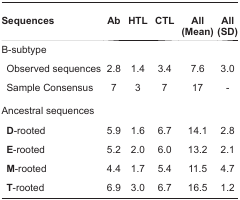
<table><thead><tr><td><b>Sequences</b></td><td><b>Ab</b></td><td><b>HTL</b></td><td><b>CTL</b></td><td><b>All (Mean)</b></td><td><b>All (SD)</b></td></tr></thead><tbody><tr><td colspan="6">B-subtype</td></tr><tr><td> Observed sequences</td><td>2.8</td><td>1.4</td><td>3.4</td><td>7.6</td><td>3.0</td></tr><tr><td> Sample Consensus</td><td>7</td><td>3</td><td>7</td><td>17</td><td>-</td></tr><tr><td colspan="6">Ancestral sequences</td></tr><tr><td> <b>D</b>-rooted</td><td>5.9</td><td>1.6</td><td>6.7</td><td>14.1</td><td>2.8</td></tr><tr><td> <b>E</b>-rooted</td><td>5.2</td><td>2.0</td><td>6.0</td><td>13.2</td><td>2.1</td></tr><tr><td> <b>M</b>-rooted</td><td>4.4</td><td>1.7</td><td>5.4</td><td>11.5</td><td>4.7</td></tr><tr><td> <b>T</b>-rooted</td><td>6.9</td><td>3.0</td><td>6.7</td><td>16.5</td><td>1.2</td></tr></tbody></table>